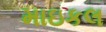
માઇકલ